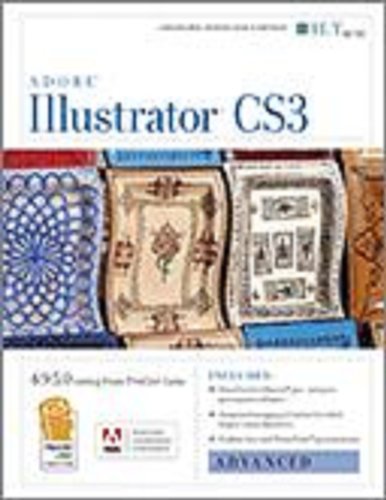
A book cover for Illustrator Cs3: Advanced, Ace Edition + Certblaster, Instructor's Edition (ILT); Axzo Press; Computers & Technology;